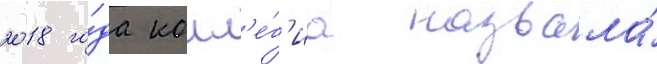
2018 го́да колл'е́г'иа назвала́